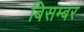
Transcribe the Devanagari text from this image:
बिसम्बर